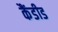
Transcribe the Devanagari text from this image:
कैंडीड